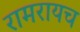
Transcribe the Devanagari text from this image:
रामरायच